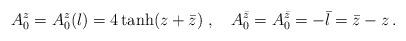
LaTeX: \begin{align*}A_0^z=A^z_0(l)=4\tanh(z+\bar{z})\;,\quad A_0^{\bar{z}}=A_0^{\bar{z}}=-\bar{l}=\bar{z}-z\,.\end{align*}